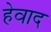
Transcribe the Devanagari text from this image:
हेवाद